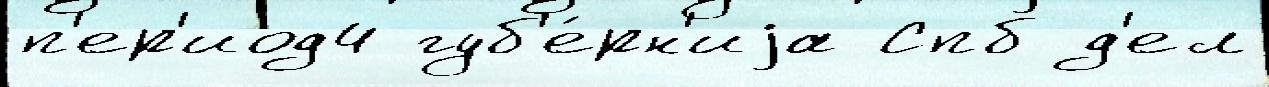
п'ер'иод4 губ'е́рн'иjа Спб д'ел